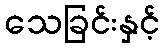
သေခြင်းနှင့်